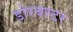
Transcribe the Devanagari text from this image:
डोरबस्टर